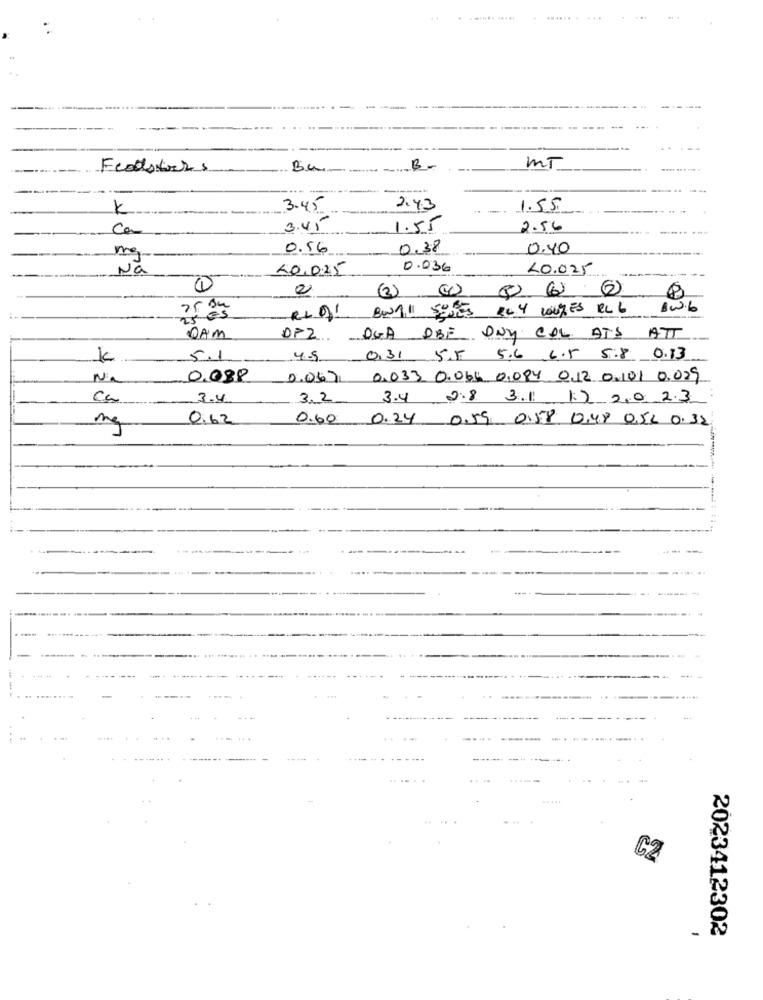
. ...... .....
Fedsters
Bu-
B-
MT
3.45
2:43
1.55
ca
3.45
1.55
2.56
0.56
0.38
0.40
mg
Nã
20.025
0.036
10.025
1
RLDI BUNA! SIDES ELY LOURES EL 6
Bwb
25
DAM
DP2 OGA OBE DNY COL ATS ATT
K
5.1
4.5
0.31 5.5 5.6 6.5 5.8 0.13
0.088
0.047 0.033 0.064 0.084 012 0.101 0.029
3.4
3.2
3.4 2.8 3.1 12 2,0 2.3
me
0.62
0.60
0.24 0.59 0.58 0.48 0.5L 0.32
--...
.....
C2
-
2023412302